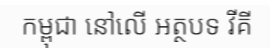
កម្ពុជា នៅលើ អត្ថបទ វីគី